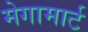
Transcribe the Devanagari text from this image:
मेगामार्ट